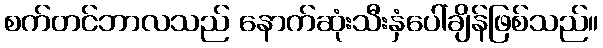
စက်တင်ဘာလသည် နောက်ဆုံးသီးနှံပေါ်ချိန်ဖြစ်သည်။